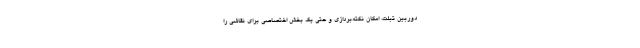
دوربین تبلت، امکان نکته‌بردازی و حتی یک بخش اختصاصی برای نقاشی را